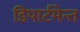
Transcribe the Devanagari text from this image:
डिपार्टमेन्त